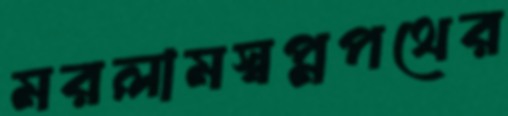
মরলামস্বপ্নপথের